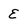
Character: E